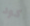
كود